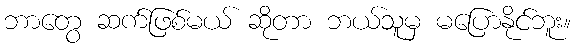
ဘာတွေ ဆက်ဖြစ်မယ် ဆိုတာ ဘယ်သူမှ မပြောနိုင်ဘူး။